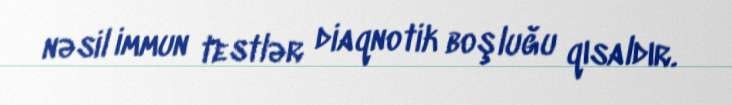
nəsil immun testlər diaqnotik boşluğu qısaldır.